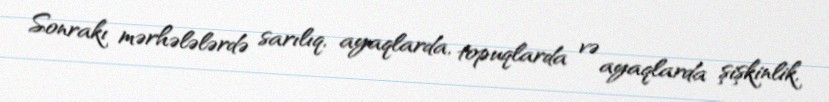
Sonrakı mərhələlərdə sarılıq, ayaqlarda, topuqlarda və ayaqlarda şişkinlik,